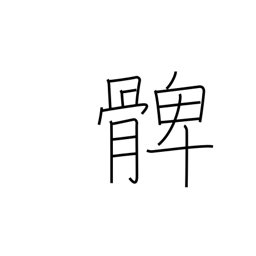
Meaning: thigh